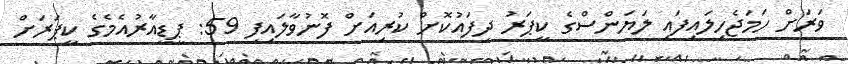
ވަރަށް ހަމަޖެހިލައިފައި ލަޔަންސްގެ ކީޕަރު ދިފައުކޮށް ކުރިއަށް ފޮނުވާލައިފި 59: ޕީޑީއާރުއެމެގެ ކީޕަރަށް